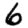
Digit: 6